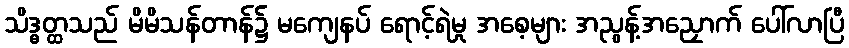
သိဒ္ဓတ္ထသည် မိမိသန်တာန်၌ မကျေနပ် ရောင့်ရဲမှု အစေ့များ အညွန့်အညှောက် ပေါ်လာပြီ